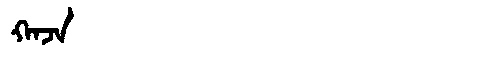
Manchu: ᡴᠠᠵᠠ
Romanization: KAJA